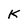
Character: K